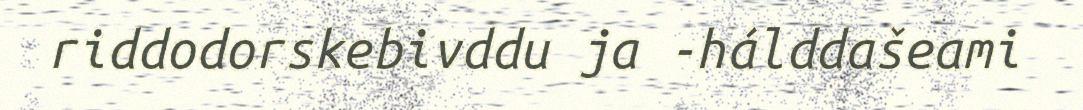
riddodorskebivddu ja -hálddašeami